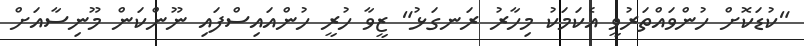
"ކުޑަކޮށް ހުންވައްތަރުވީ އެކަމަކު މިހާރު ރަނގަޅު" ޒީވާ ހުރީ ހުންއައިސްފައި ނޫންކަން މޫނިސާއަށް